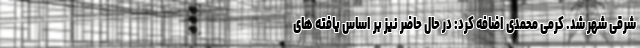
شرقی شهر شد. کرمی محمدی اضافه کرد: در حال حاضر نیز بر اساس یافته های